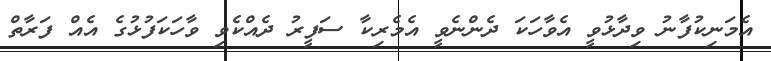
އެމަނިކުފާނު ވިދާޅުވީ އެވާހަކަ ދެންނެވީ އެމެރިކާ ސަފީރު ދެއްކެވި ވާހަކަފުޅުގެ އެއް ފަރާތް